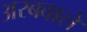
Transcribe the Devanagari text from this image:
अरबवाले